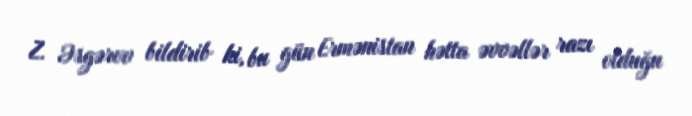
Z. Əsgərov bildirib ki, bu gün Ermənistan hətta əvvəllər razı olduğu